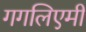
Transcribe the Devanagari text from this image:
गगलिएमी